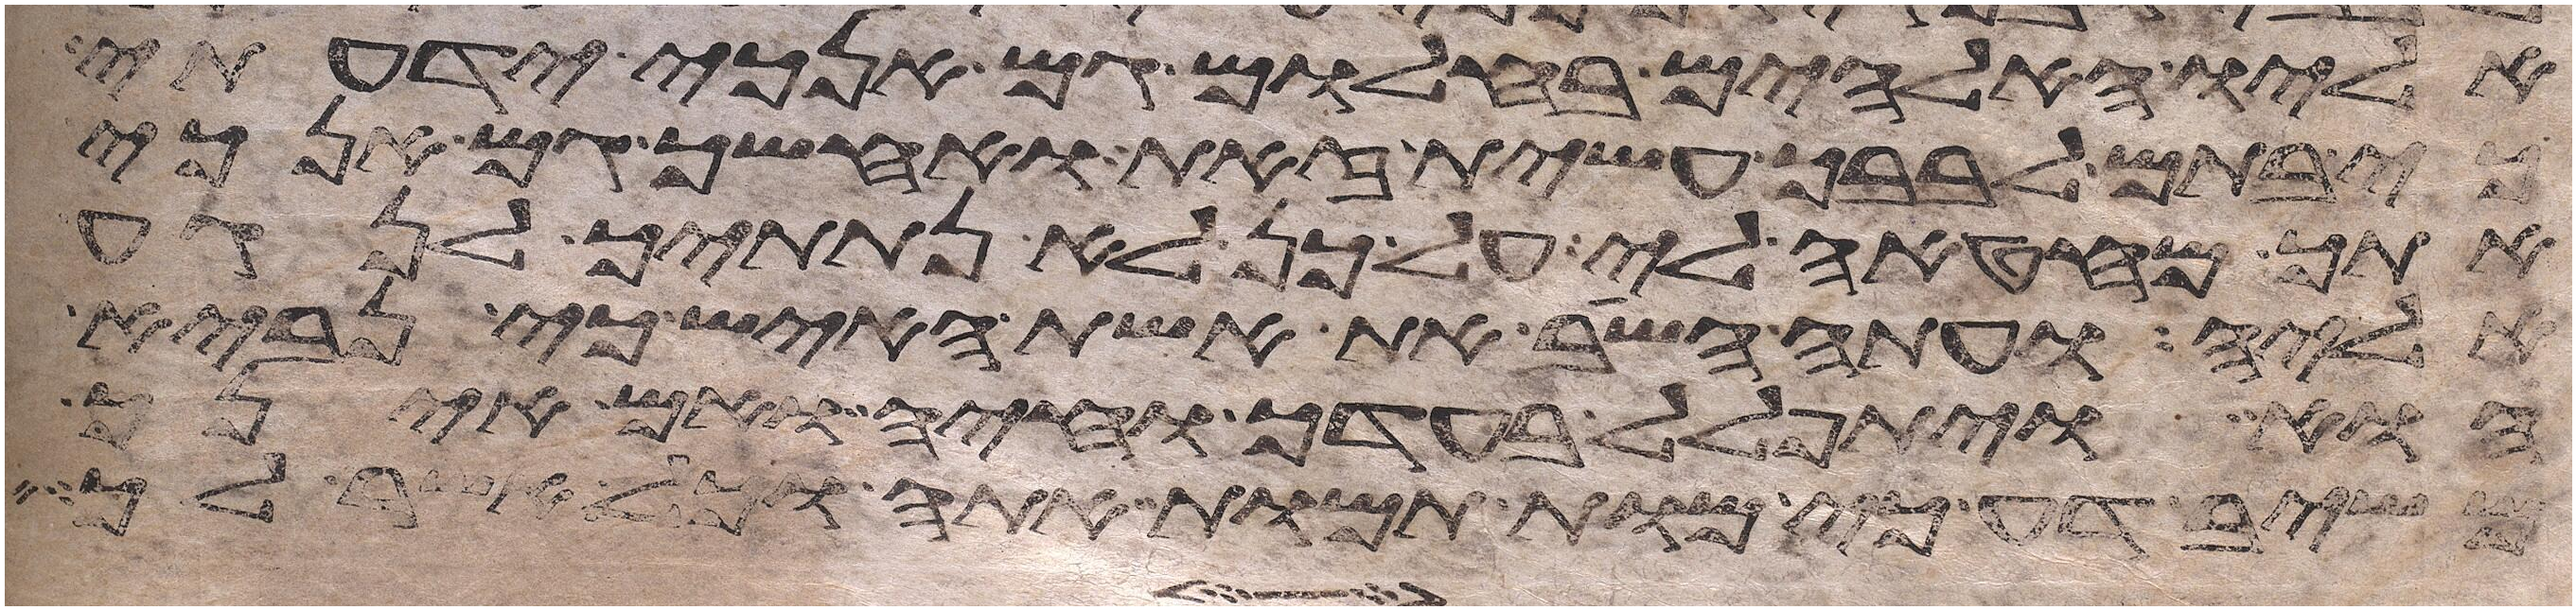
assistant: אליו האלהים בחלום גם אנכי ידעתי
כי בתם לבבך עשית זאת ואחשך גם אנכי
אתך מחטאה לי על כן לא נתתיך לנגע
אליה ועתה השב את אשת האיש כי נביא
הוא ויתפלל בעדך וחיה ואם אינך
משיב דע כי מות תמות אתה וכל אשר לך